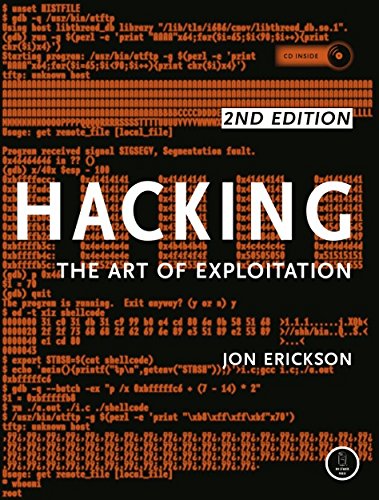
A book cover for Hacking: The Art of Exploitation, 2nd Edition; Jon Erickson; Computers & Technology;